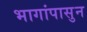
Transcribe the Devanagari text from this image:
भागांपासुन